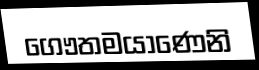
ගෞතමයාණෙනි